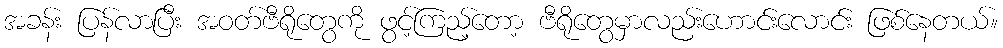
အခန်း ပြန်လာပြီး အဝတ်ဗီရိုတွေကို ဖွင့်ကြည့်တော့ ဗီရိုတွေမှာလည်းဟောင်းလောင်း ဖြစ်နေတယ်။